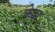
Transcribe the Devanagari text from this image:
केदा